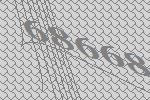
68668